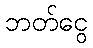
ဘတ်ငွေ